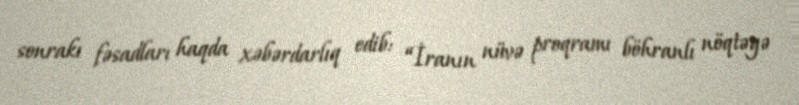
sonrakı fəsadları haqda xəbərdarlıq edib: “İranın nüvə proqramı böhranlı nöqtəyə